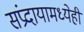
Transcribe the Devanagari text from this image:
संप्रदायामध्येही